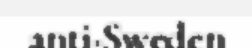
anti-Sweden